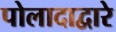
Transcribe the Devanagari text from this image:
पोलादाद्वारे